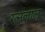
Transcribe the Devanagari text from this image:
रत्नलाल